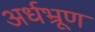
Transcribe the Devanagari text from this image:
अर्धभ्रूण